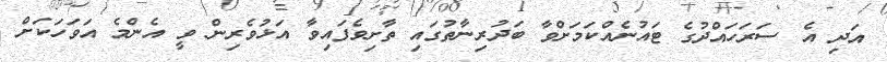
އަދި އެ ސަރަހައްދުގެ ޓައުނެއްކަމަށްވާ ބަދުރިނާތުގައި ތާށިވެފައިވާ އަޅުވެރިން ވީ އެންމެ އަވަހަކަށް